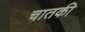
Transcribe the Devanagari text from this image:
चातकी